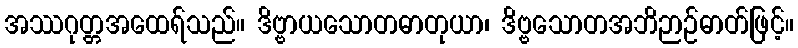
အဿဂုတ္တအထေရ်သည်။ ဒိဗ္ဗာယသောတဓာတုယာ၊ ဒိဗ္ဗသောတအဘိဉာဉ်ဓာတ်ဖြင့်။